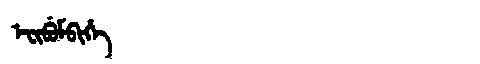
Manchu: ᡝᠸᡳᠪᡠᠮᠪᡳᡥᡝ
Romanization: EFIBUMBIHE